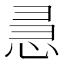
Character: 𭜵